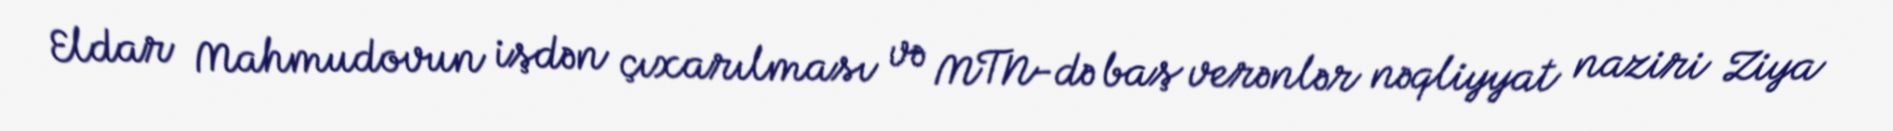
Eldar Mahmudovun işdən çıxarılması və MTN-də baş verənlər nəqliyyat naziri Ziya